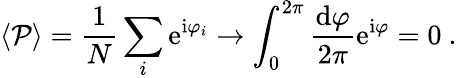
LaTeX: \langle{\cal P}\rangle=\frac{1}{N}\sum_{i}\mathrm{e}^{\mathrm{i}\varphi_{i}}\to\int_{0}^{2\pi}\frac{\mathrm{d}\varphi}{2\pi}\mathrm{e}^{\mathrm{i}\varphi}=0\ .